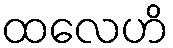
ထလေဟိ